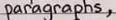
paragraphs ,